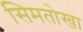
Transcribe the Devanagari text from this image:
सिमतोखा